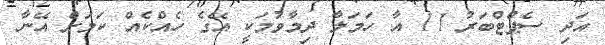
އަދި ސެޕްޓްބަރު 11 އާ ހަމަލާ ދިމާވުމަކީ އޭގެ ހެއްކެއް ކަމަށް އޭނާ